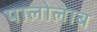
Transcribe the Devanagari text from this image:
पालोलाब